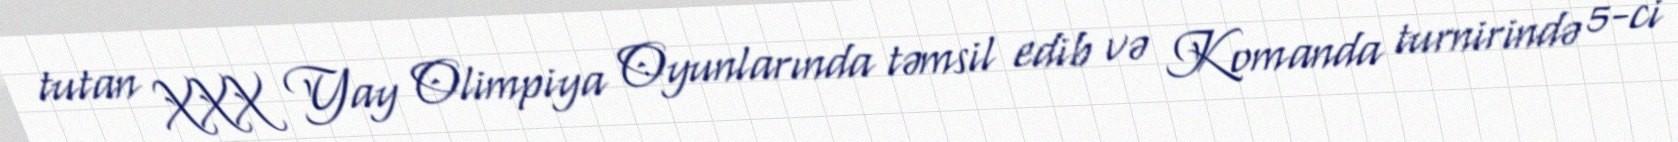
tutan XXX Yay Olimpiya Oyunlarında təmsil edib və Komanda turnirində 5-ci